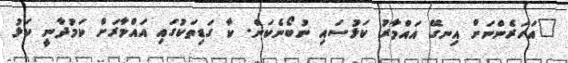
"އަހަރެންނަށް އިނގޭ އައްމާރު ކަޅުސައި ނުބޯނެކަން. ކާ ގަޑިތަކުގައި އައްމާރަށް ކަމުދާނީ ކަޅު